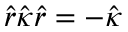
\hat { r } \hat { \kappa } \hat { r } = - \hat { \kappa }